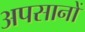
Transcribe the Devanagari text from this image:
अपसानों